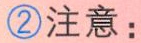
\textcircled{2}注意：